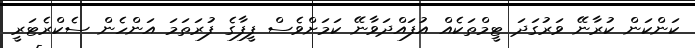
ކަންކަން ކުރާނޭ ވަރުގަދަ ޓީމްތަކެއް އުފައްދަވާނޭ ކަމަށްވެސް ފީފާގެ ފުރަތަމަ އަންހެން ސެކްރެޓަރީ